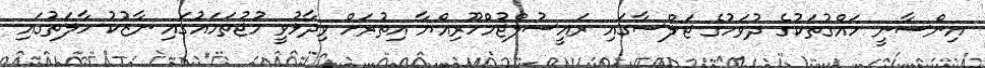
އިންސާނީ ހައްގުތަކުގެ ދުވަހުގެ ޖަލްސާގައި ރައީސުލްޖުމްހޫރިއްޔާ އިތުރަށް ވިދާޅުވީ މުޖުތަމައުގައި ނާޒުކު ހާލަތުގައި